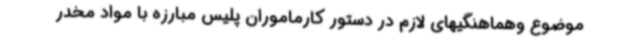
موضوع وهماهنگیهای لازم در دستور کارماموران پلیس مبارزه با مواد مخدر